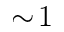
\sim \! 1